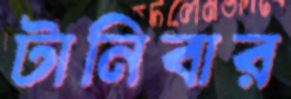
টানিবার